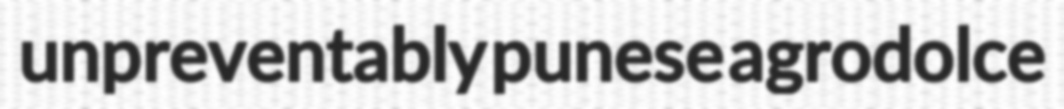
unpreventably punese agrodolce